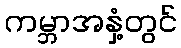
ကမ္ဘာအနှံ့တွင်